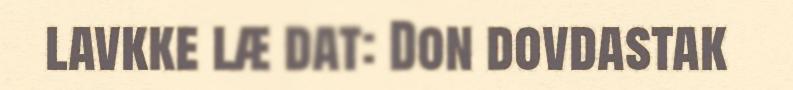
lavkke læ dat: Don dovdastak